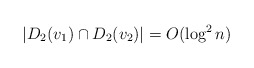
\begin{align*}|D_2(v_1) \cap D_2(v_2)| = O(\log^2 n)\end{align*}